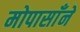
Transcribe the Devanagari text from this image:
मोपासाँने